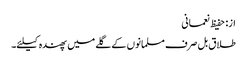
از: حفیظ نعمانی
طلاق بل صرف مسلمانوں کے گلے میں پھندہ کیلئے۔